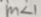
m < 1